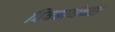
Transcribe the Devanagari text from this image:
विषबाधेच्या